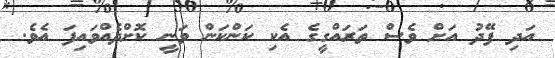
އަދި ފޭދު އަށް ވެސް ތަރައްގީގެ އެކި ކަންކަން ވަނީ ކޮށްދެއްވައިފަ އެވެ.